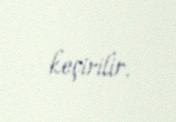
keçirilir.